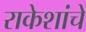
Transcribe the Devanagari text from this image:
राकेशांचे